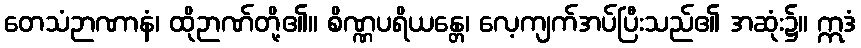
တေသံဉာဏာနံ၊ ထိုဉာဏ်တို့၏။ စိဏ္ဏပရိယန္တေ၊ လေ့ကျက်အပ်ပြီးသည်၏ အဆုံး၌။ ဣဒံ